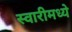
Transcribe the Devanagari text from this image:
स्वारीमध्ये